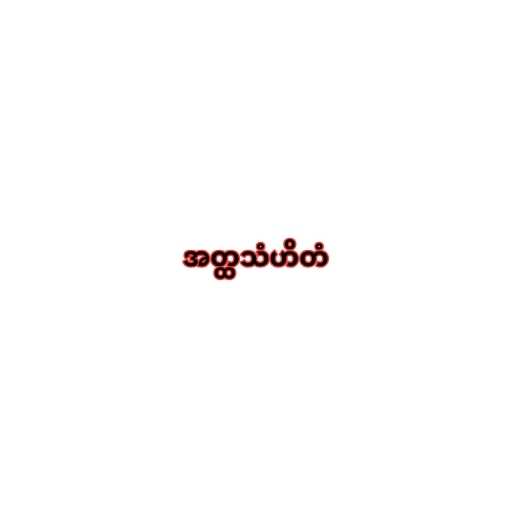
အတ္ထသံဟိတံ